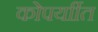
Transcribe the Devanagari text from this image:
कोपर्याीत